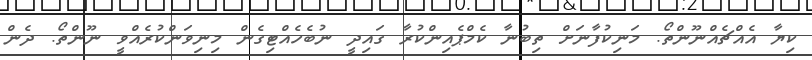
ކިޔާ އެއްޗެއްނޫންތޯ. މަނިކުފާނަށް ތިބުނާ ކެމްޕެއިންކުރާ ގައިދީ ނުބެހެއްޓިގެން މިނިވަންކުރެއްވީ ނޫންތޯ. ދެން